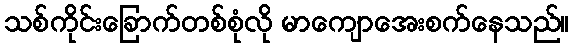
သစ်ကိုင်းခြောက်တစ်စုံလို မာကျောအေးစက်နေသည်။